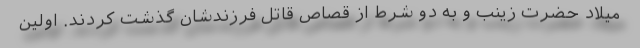
میلاد حضرت زینب و به دو شرط از قصاص قاتل فرزندشان گذشت کردند. اولین